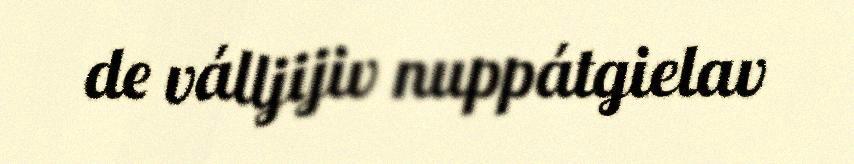
de válljijiv nuppátgielav